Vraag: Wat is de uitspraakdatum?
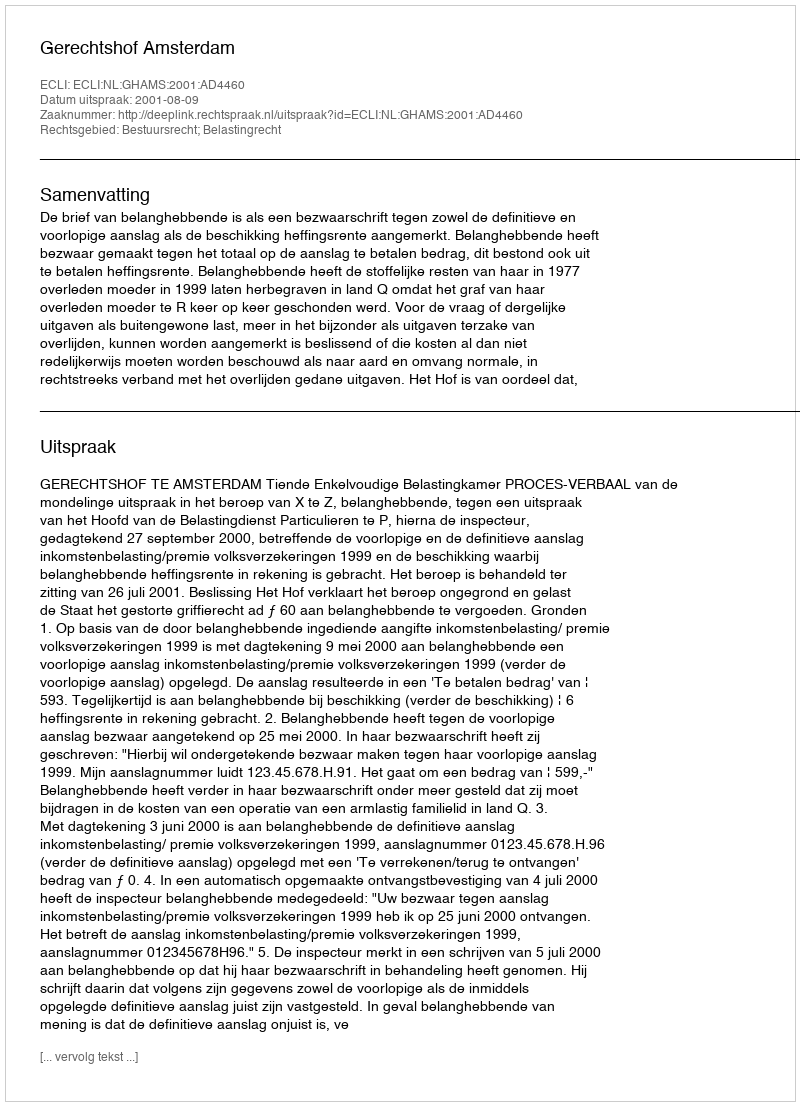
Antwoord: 2001-08-09